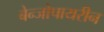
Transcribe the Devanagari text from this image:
बेन्जोपायरीन